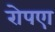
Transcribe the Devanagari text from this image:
रोपएा